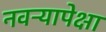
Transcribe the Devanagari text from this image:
नवऱ्यापेक्षा